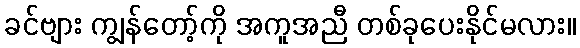
ခင်ဗျား ကျွန်တော့်ကို အကူအညီ တစ်ခုပေးနိုင်မလား။